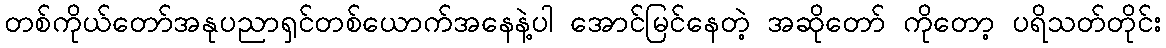
တစ်ကိုယ်တော်အနုပညာရှင်တစ်ယောက်အနေနဲ့ပါ အောင်မြင်နေတဲ့ အဆိုတော် ကိုတော့ ပရိသတ်တိုင်း